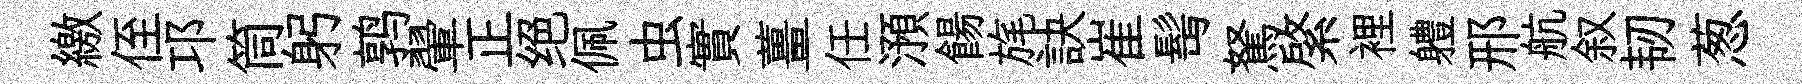
繳侄邛筒躬鹑翬正绝佩虫實薑任澦餳旄訣崔髩駑綮裡軆邢航叙韧葱